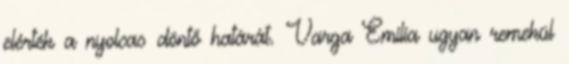
elérték a nyolcas döntő határát. Varga Emília ugyan remekül